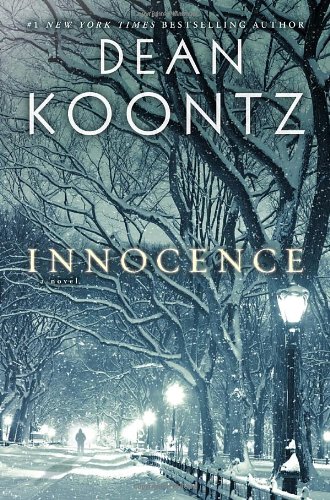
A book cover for Innocence: A Novel; Dean Koontz; Mystery, Thriller & Suspense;